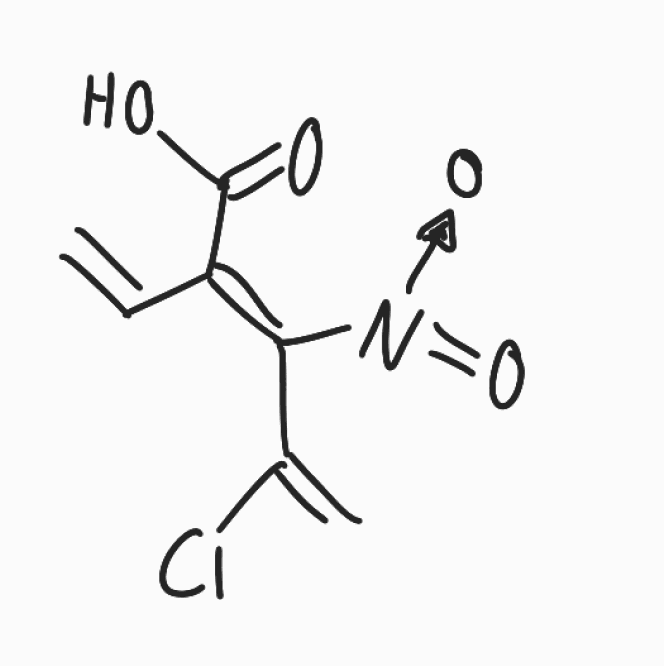
Simplified molecular-input line-entry system (SMILES) notation of the given molecule:
C=C/C(=C(\C(=C)Cl)/[N+](=O)[O-])/C(=O)O